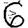
Digit: 6